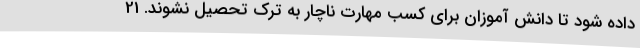
داده شود تا دانش آموزان برای کسب مهارت ناچار به ترک تحصیل نشوند. 21